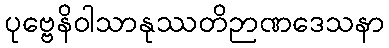
ပုဗ္ဗေနိဝါသာနုဿတိဉာဏဒေသနာ